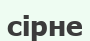
сірне